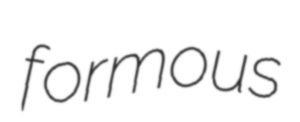
formous